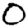
Digit: 0